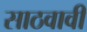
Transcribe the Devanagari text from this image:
साठवावी